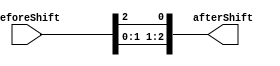

//Module to to logically shift bits to the left by 1
module logicalLeftShift(beforeShift, afterShift);

	input [2:0]	beforeShift;
	output [2:0]	afterShift;

	assign afterShift[0] = beforeShift[2];
	assign afterShift[1] = beforeShift[0];
	assign afterShift[2] = beforeShift[1];

endmodule

//Module to decrypt 8 bit message 
module decrypter(message, key, decryptedMessage);

	input [7:0]	message;
	input [7:0]	key;
	output [7:0]	decryptedMessage;

	wire [2:0] b;
	wire [2:0] a;
	wire [7:0] intermediateMessage;

	assign	intermediateMessage = key ^ message;

	assign	decryptedMessage[0] = ~intermediateMessage[0];
	assign	decryptedMessage[2] = ~intermediateMessage[2];
	assign	decryptedMessage[4] = ~intermediateMessage[4];
	assign	decryptedMessage[6] = ~intermediateMessage[6];

	assign	b[0]	=	intermediateMessage[1];
	assign	b[1]	=	intermediateMessage[3];
	assign	b[2]	=	intermediateMessage[5];

	logicalLeftShift	gate1(.beforeShift(b), .afterShift(a));
	
	assign	decryptedMessage[1] = a[0];
	assign	decryptedMessage[3] = a[1];
	assign	decryptedMessage[5] = a[2];
	assign	decryptedMessage[7] = message[7];

endmodule